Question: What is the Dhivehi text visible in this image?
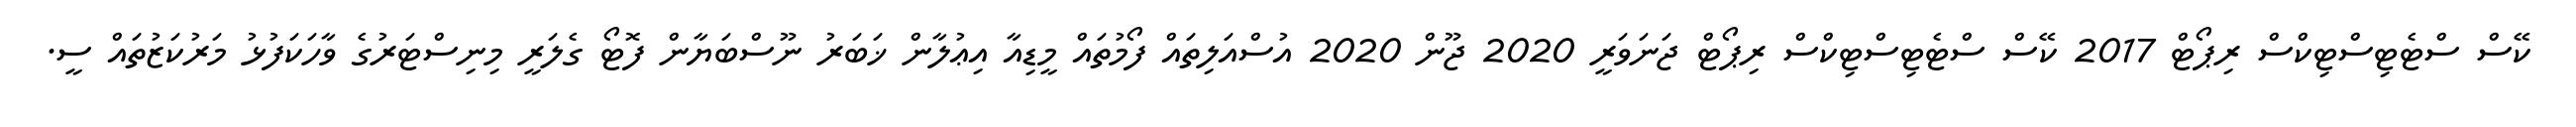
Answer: ކޭސް ސްޓެޓިސްޓިކްސް ރިޕޯޓް 2017 ކޭސް ސްޓެޓިސްޓިކްސް ރިޕޯޓް ޖަނަވަރީ 2020 ޖޫން 2020 އުސްއަލިތައް ފޯމުތައް މީޑިއާ އިޢުލާން ޚަބަރު ނޫސްބަޔާން ފޮޓޯ ގެލަރީ މިނިސްޓަރުގެ ވާހަކަފުޅު މަރުކަޒުތައް ސީ.